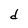
Character: d